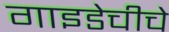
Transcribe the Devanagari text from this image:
गाइडेचीचे